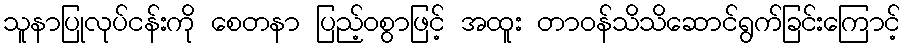
သူနာပြုလုပ်ငန်းကို စေတနာ ပြည့်ဝစွာဖြင့် အထူး တာဝန်သိသိဆောင်ရွက်ခြင်းကြောင့်